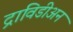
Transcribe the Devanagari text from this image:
द्राविडीअन